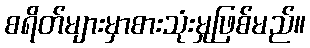
စရိတ်များမှာစားသုံးမှုဖြစ်မည်။